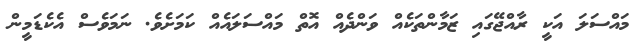
މައްސަލަ އަކީ ރާއްޖޭގައި ޒަމާންތަކެއް ވަންދެއް އޮތް މައްސަލައެއް ކަމަށެވެ. ނަމަވެސް އެކެޑަމީން